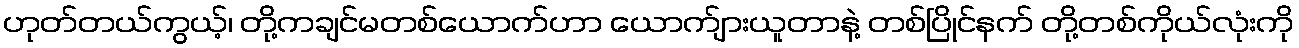
ဟုတ်တယ်ကွယ့်၊ တို့ကချင်မတစ်ယောက်ဟာ ယောက်ျားယူတာနဲ့ တစ်ပြိုင်နက် တို့တစ်ကိုယ်လုံးကို